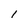
Character: 1